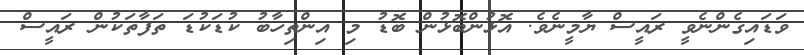
ވަޑައިގެންނެވީ ރައީސް ޔާމީނެވެ. އޮޅުންބޮޅުން ބޮޑު މި އިންތިހާބު ކުޑަކުޑަ ތަފާތަކުން ރައީސް